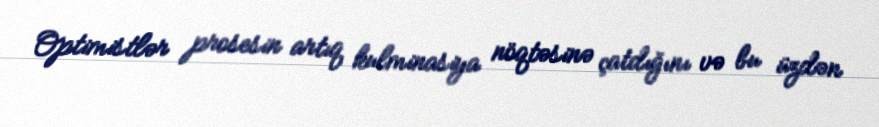
Optimistlər prosesin artıq kulminasiya nöqtəsinə çatdığını və bu üzdən